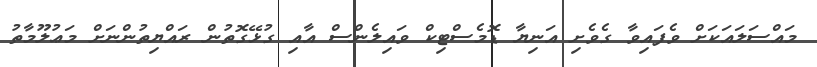
މައްސަލައަކަށް ވެފައިވާ ގެވެށި އަނިޔާ ޑޮމެސްޓިކް ވައިލެންސް އާއި ގުޅޭގޮތުން ރައްޔިތުންނަށް މަޢުލޫމާތު